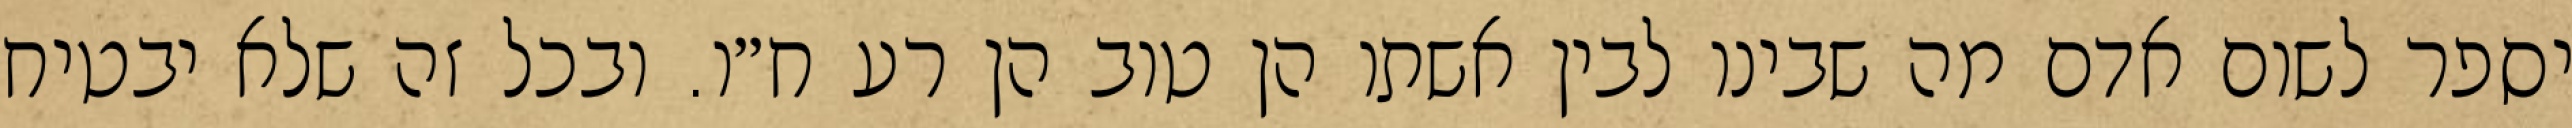
יספר לשום אדם מה שבינו לבין אשתו הן טוב הן רע ח״ו. ובכל זה שלא יבטיח